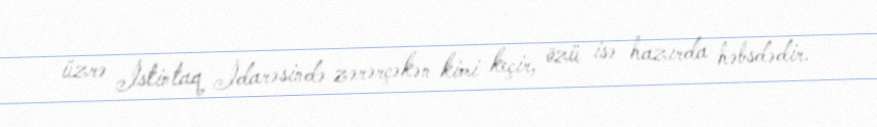
üzrə İstintaq İdarəsində zərərçəkən kimi keçir, özü isə hazırda həbsdədir.